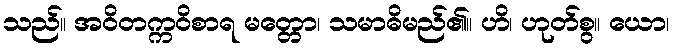
သည်။ အဝိတက္ကဝိစာရ မတ္တော၊ သမာဓိမည်၏။ ဟိ၊ ဟုတ်စွ။ ယော၊